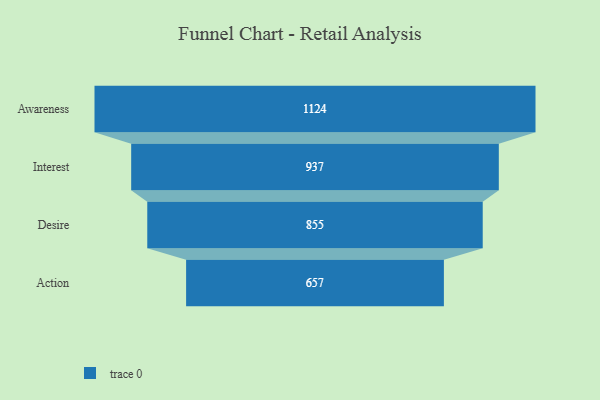
{"axis": {"x": "Stage", "y": "Value"}, "legend": [""], "data": [{"x": "Awareness", "y": 1124.0, "type": ""}, {"x": "Interest", "y": 937.0, "type": ""}, {"x": "Desire", "y": 855.0, "type": ""}, {"x": "Action", "y": 657.0, "type": ""}]}